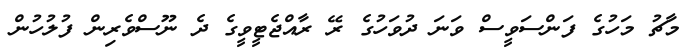
މާޗު މަހުގެ ފަންސަވީސް ވަނަ ދުވަހުގެ ރޭ ރާއްޖެޓީވީގެ ދެ ނޫސްވެރިން ފުލުހުން